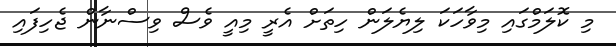
މި ކޮލަމްގައި މިވާހަކަ ލިޔެލަން ހިތަށް އެރީ މިއީ ވެސް ވިސްނާން ޖެހިފައި